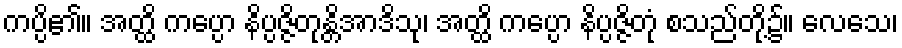
ကပ္ပိ၏။ အတ္ထိ ကပ္ပော နိပ္ပဇ္ဇိတုန္တိအာဒိသု၊ အတ္ထိ ကပ္ပော နိပ္ပဇ္ဇိတုံ စသည်တို့၌။ လေသေ၊